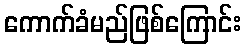
ကောက်ခံမည်ဖြစ်ကြောင်း